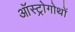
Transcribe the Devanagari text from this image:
ऑस्ट्रोगोथों